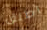
اطلق